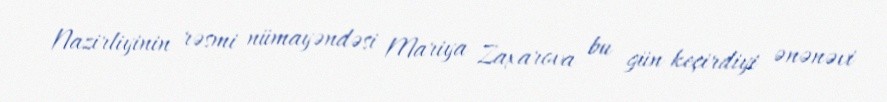
Nazirliyinin rəsmi nümayəndəsi Mariya Zaxarova bu gün keçirdiyi ənənəvi